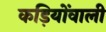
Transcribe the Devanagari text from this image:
कड़ियोंवाली